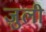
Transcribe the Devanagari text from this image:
ज़ुली